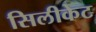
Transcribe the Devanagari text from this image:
सिलीकेट